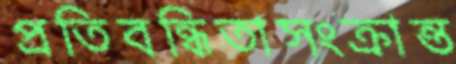
প্রতিবন্ধিতাসংক্রান্ত